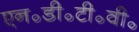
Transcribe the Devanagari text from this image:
एन॰डी॰टी॰वी॰